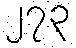
၂၇၃